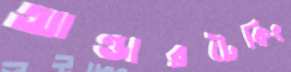
আন্ডারটেকিং